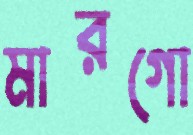
মারগো